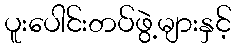
ပူးပေါင်းတပ်ဖွဲ့များနှင့်